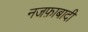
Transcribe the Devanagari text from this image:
नजफ़ाबादी